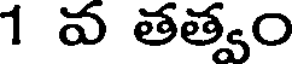
1 వ తత్వం